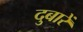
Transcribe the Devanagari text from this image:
दुबारें